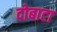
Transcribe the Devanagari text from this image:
दोबाटा